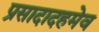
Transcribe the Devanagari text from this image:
प्रसादादहमेव